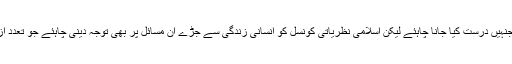
ہماری عائلی قوانین میں بہت سی خرابیاں موجود ہیں جنہیں درست کیا جانا چاہئے لیکن اسلامی نظریاتی کونسل کو انسانی زندگی سے جڑے ان مسائل پر بھی توجہ دینی چاہئے جو تعددِ ازواج کے مسئلے سے بھی زیادہ اہمیت کے حامل ہیں۔